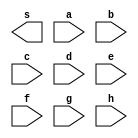
// ------------------------- 
//	Extra 01 
// Nome: Jorge Luis dos Santos Leal 
// ------------------------- 
// -- Extra01 - com 1 byte 
// ------------------------- 
module extra01 ( output s, input a, input b, input c, input d, input e, input f, input g, input h); 
 
endmodule //  
// --------------------- 
// -- test extra01 
// --------------------- 
module testextra01; 
// ------------------------- dados locais 

reg a,b,c,d,e,f,g,h; // definir registradores 
wire s; // definir conexao (fio)
 
// ------------------------- instancia 
nand NAND01(s,a,b,c,d,e,f,g,h);

initial begin:start
a=0; b=0; c=0; d=0; e=0; f=0; g=0; h=0; 
end

initial begin:main

$display("Extra01 - Jorge Luis dos Santos Leal - 417466"); 
$display("Porta se sada com 1 byte"); 
$display("\na b c d e f g h = s\n"); 
$monitor("%b %b %b %b %b %b %b %b = %b", a, b, c, d, e, f, g, h, s);

end 
endmodule // testextra01